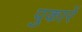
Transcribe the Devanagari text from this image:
पुकारें